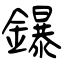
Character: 鑤